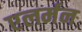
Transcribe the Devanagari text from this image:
एलर्मन